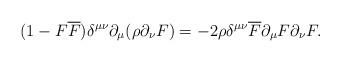
LaTeX: \begin{align*}(1-F\overline{F})\delta^{\mu\nu}\partial_\mu(\rho\partial_\nu F)=-2\rho\delta^{\mu\nu}\overline{F}\partial_\mu F\partial_\nu F.\end{align*}